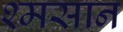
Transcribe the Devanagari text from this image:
श्मसान